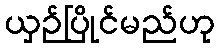
ယှဉ်ပြိုင်မည်ဟု